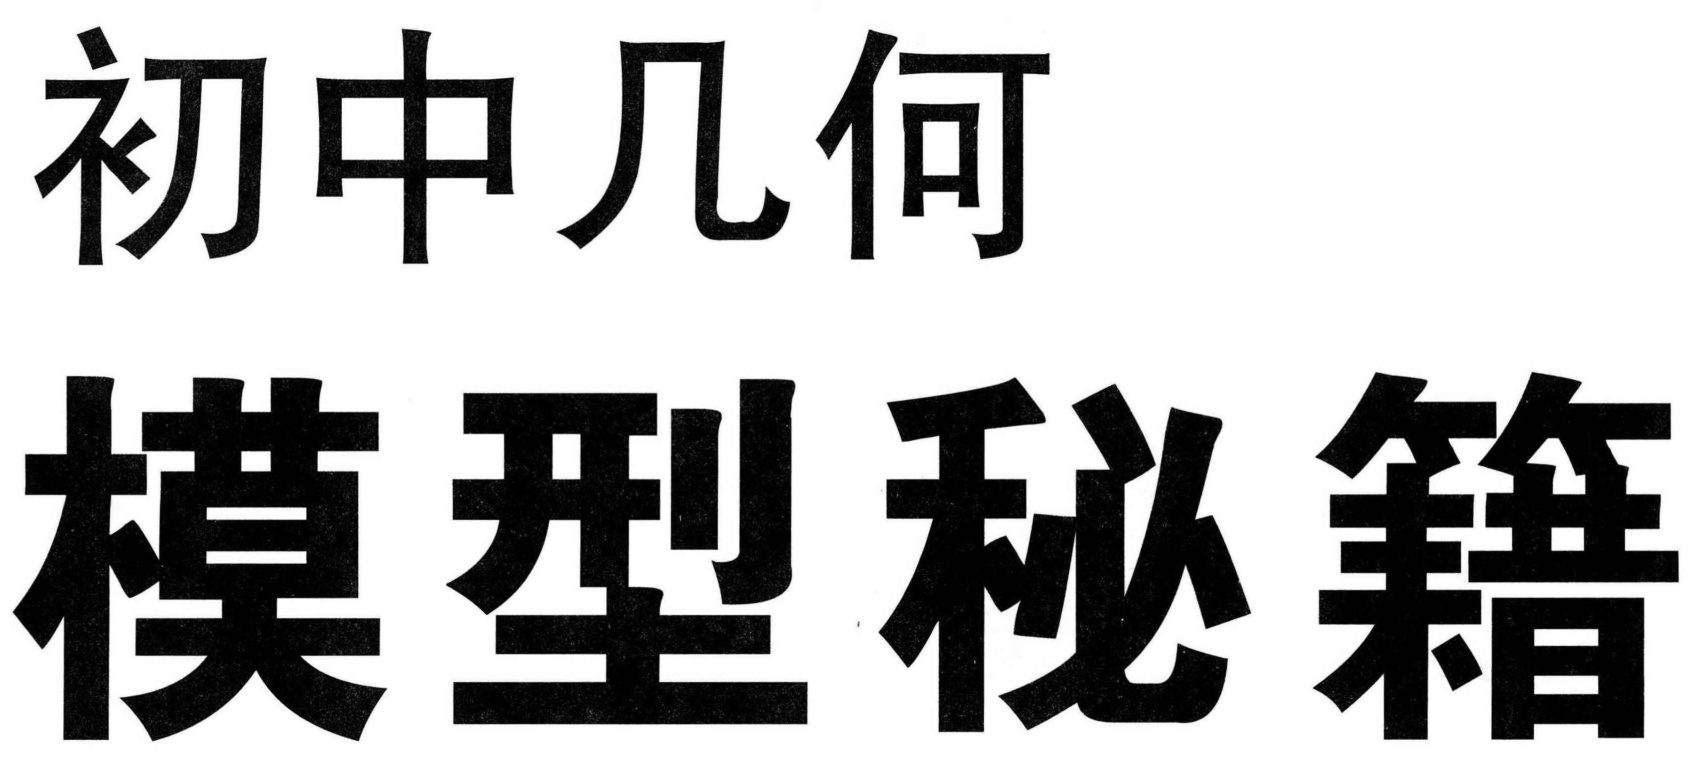
初中几何
模型秘籍